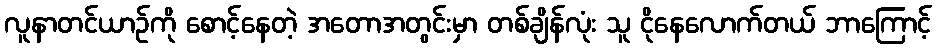
လူနာတင်ယာဉ်ကို စောင့်နေတဲ့ အတောအတွင်းမှာ တစ်ချိန်လုံး သူ ငိုနေလောက်တယ် ဘာကြောင့်